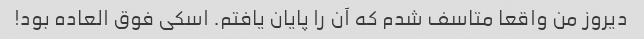
دیروز من واقعا متاسف شدم که آن را پایان یافتم. اسکی فوق العاده بود!